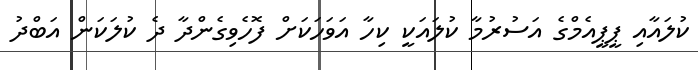
ކުލައާއި ޕީޕީއެމްގެ އަސުރުމާ ކުލައަކީ ކިހާ އަވަހަކަށް ފޮހެވިގެންދާ ދެ ކުލަކަން އަބްދު